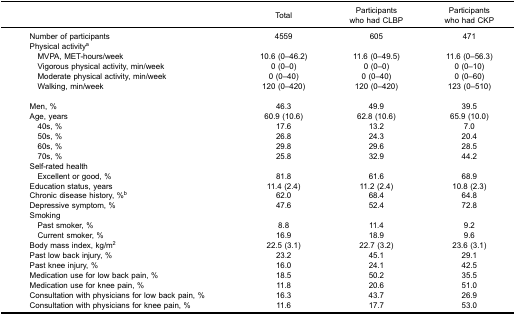
|  | Total | Participantswho had CLBP | Participantswho had CKP |
 | --- | --- | --- | --- |
 | Number of participants | 4559 | 605 | 471 |
 | <COLSPAN=4> Physical activitya |
 | MVPA, MET-hours/week | 10.6 (0–46.2) | 11.6 (0–49.5) | 11.6 (0–56.3) |
 | Vigorous physical activity, min/week | 0 (0–0) | 0 (0–0) | 0 (0–10) |
 | Moderate physical activity, min/week | 0 (0–40) | 0 (0–40) | 0 (0–60) |
 | Walking, min/week | 120 (0–420) | 120 (0–420) | 123 (0–510) |
 | Men, % | 46.3 | 49.9 | 39.5 |
 | Age, years | 60.9 (10.6) | 62.8 (10.6) | 65.9 (10.0) |
 | 40s, % | 17.6 | 13.2 | 7.0 |
 | 50s, % | 26.8 | 24.3 | 20.4 |
 | 60s, % | 29.8 | 29.6 | 28.5 |
 | 70s, % | 25.8 | 32.9 | 44.2 |
 | <COLSPAN=4> Self-rated health |
 | Excellent or good, % | 81.8 | 61.6 | 68.9 |
 | Education status, years | 11.4 (2.4) | 11.2 (2.4) | 10.8 (2.3) |
 | Chronic disease history, %b | 62.0 | 68.4 | 64.8 |
 | Depressive symptom, % | 47.6 | 52.4 | 72.8 |
 | <COLSPAN=4> Smoking |
 | Past smoker, % | 8.8 | 11.4 | 9.2 |
 | Current smoker, % | 16.9 | 18.9 | 9.6 |
 | Body mass index, kg/m2 | 22.5 (3.1) | 22.7 (3.2) | 23.6 (3.1) |
 | Past low back injury, % | 23.2 | 45.1 | 29.1 |
 | Past knee injury, % | 16.0 | 24.1 | 42.5 |
 | Medication use for low back pain, % | 18.5 | 50.2 | 35.5 |
 | Medication use for knee pain, % | 11.8 | 20.6 | 51.0 |
 | Consultation with physicians for low back pain, % | 16.3 | 43.7 | 26.9 |
 | Consultation with physicians for knee pain, % | 11.6 | 17.7 | 53.0 |